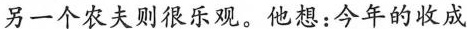
另一个农夫则很乐观。他想：今年的收成